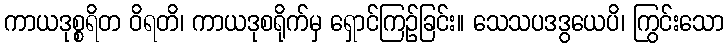
ကာယဒုစ္စရိတ ဝိရတိ၊ ကာယဒုစရိုက်မှ ရှောင်ကြဉ်ခြင်း။ သေသပဒဒွယေပိ၊ ကြွင်းသော